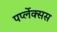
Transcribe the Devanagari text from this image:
पर्प्लेक्सस